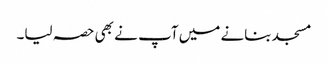
مسجد بنانے میں آپ نے بھی حصہ لیا۔